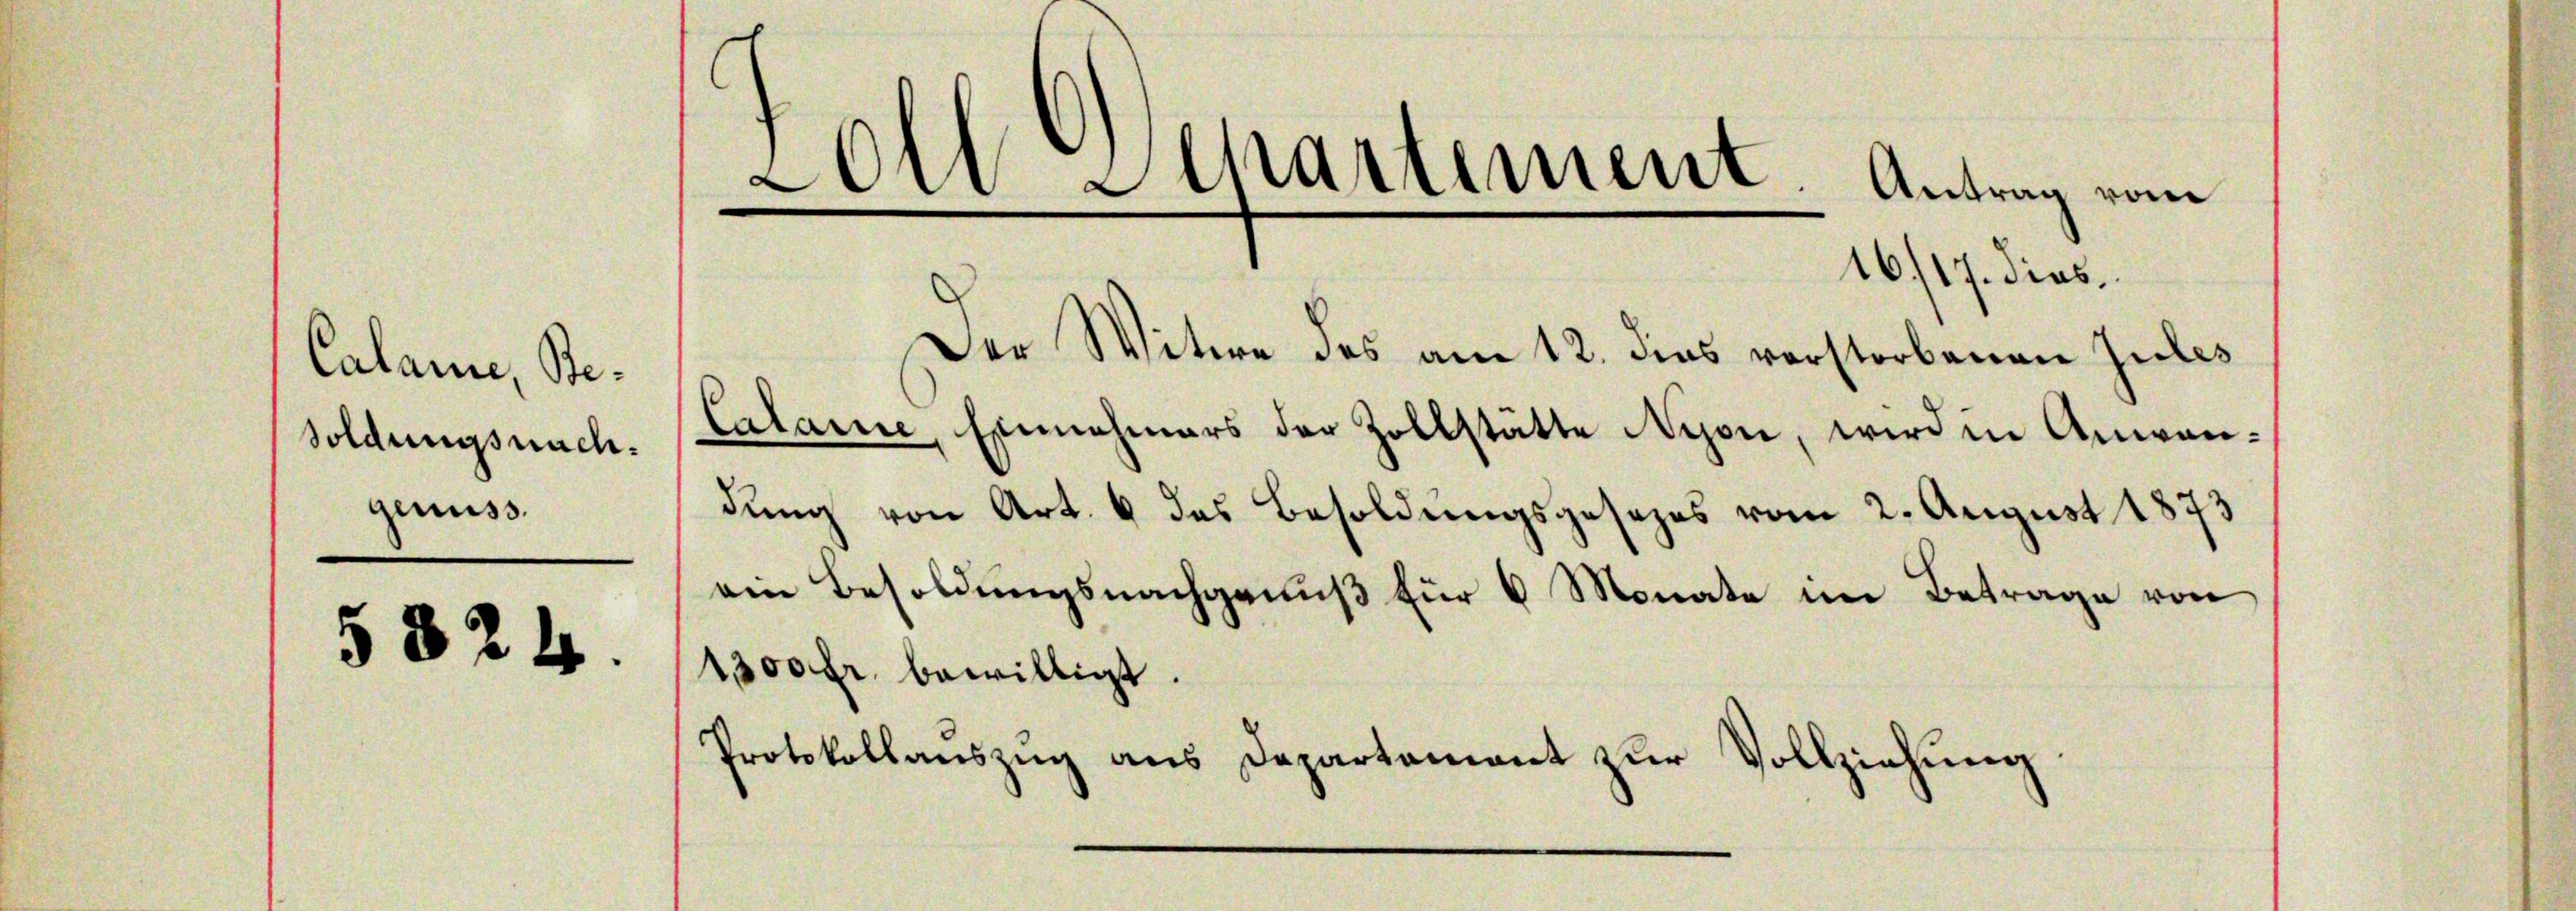
LOlt Apartement. Antrag vom
16/17. dies
Der Witwe des am 12. dies verstorbenen Jules
Calame, Be¬
Calame, Einnahmers der Zollstätte Nyon, wird in Anwansoldungsnach.
genuss.
dung von Art. 6 des Besoldungsgesezes vom 2. August 1873

5

82

s

ein Besoldungsnachgenuß für 6 Monate im Betrage von

1300 fr. bewilligt.
Protokollauszug aus Departement zur Vollziehung